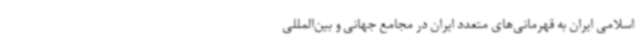
اسلامی ایران به قهرمانی‌های متعدد ایران در مجامع جهانی و بین‌المللی